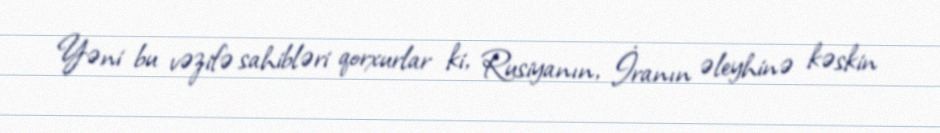
Yəni bu vəzifə sahibləri qorxurlar ki, Rusiyanın, İranın əleyhinə kəskin